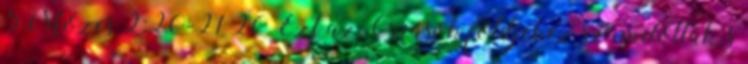
5Mózes 2:20-21 20 Ezt az Óriások földjéhez számították, s